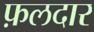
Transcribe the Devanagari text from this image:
फ़लदार